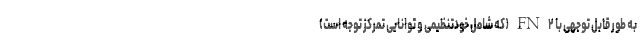
به طور قابل توجهی با FN۲(که شامل خودتنظیمی و توانایی تمرکز توجه است)